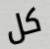
كل